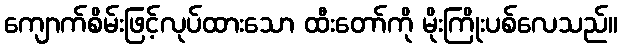
ကျောက်စိမ်းဖြင့်လုပ်ထားသော ထီးတော်ကို မိုးကြိုးပစ်လေသည်။